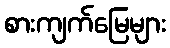
စားကျက်မြေများ